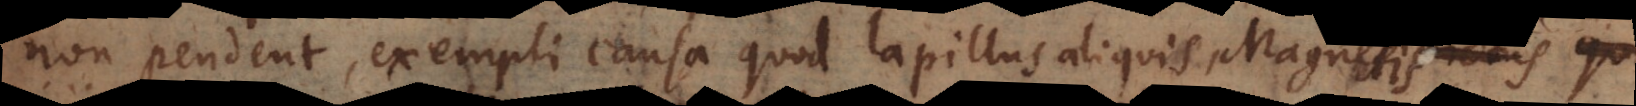
non pendent, exempli causa quod lapillus aliquis, in fodinis